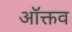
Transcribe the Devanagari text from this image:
ऑक्तव